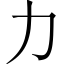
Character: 力